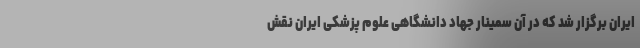
ایران برگزار شد که در آن سمینار جهاد دانشگاهی علوم پزشکی ایران نقش